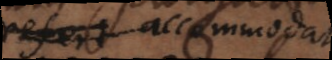
huc accommodat